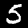
Digit: 5